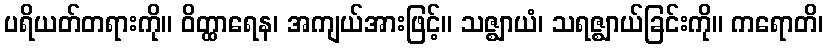
ပရိယတ်တရားကို။ ဝိတ္ထာရေန၊ အကျယ်အားဖြင့်။ သဇ္ဈာယံ၊ သရဇ္ဈာယ်ခြင်းကို။ ကရောတိ၊